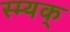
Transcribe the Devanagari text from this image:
स्म्यक्‌